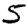
Digit: 5